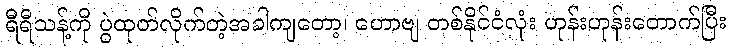
ရီရီသန့်ကို ပွဲထုတ်လိုက်တဲ့အခါကျတော့၊ ဟောဗျ တစ်နိုင်ငံလုံး ဟုန်းဟုန်းတောက်ပြီး